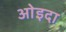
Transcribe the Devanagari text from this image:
ओइदा